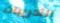
التدريبات